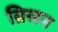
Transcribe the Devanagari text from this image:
ग्रिसन